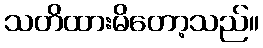
သတိထားမိတော့သည်။